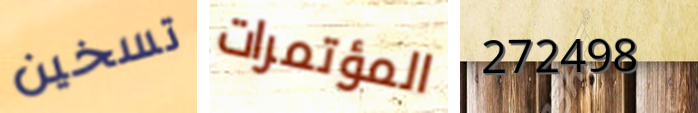
تسخين المؤتمرات 272498